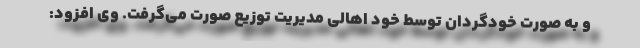
و به صورت خودگردان توسط خود اهالی مدیریت توزیع صورت می‌گرفت. وی افزود: